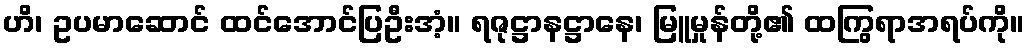
ဟိ၊ ဥပမာဆောင် ထင်အောင်ပြဦးအံ့။ ရဇုဋ္ဌာနဋ္ဌာနေ၊ မြူမှုန်တို့၏ ထကြွရာအရပ်ကို။